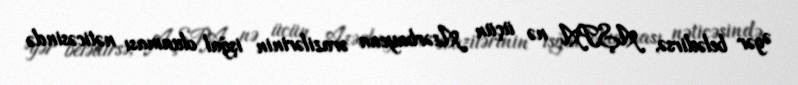
Əgər belədirsə, AŞPA nə üçün Azərbaycan ərazilərinin işğal olunması nəticəsində